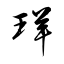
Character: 珜